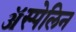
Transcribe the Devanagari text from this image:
ॲस्पेलिन